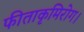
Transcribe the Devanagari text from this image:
फीताकृमिरोग।